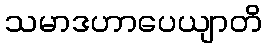
သမာဒဟာပေယျာတိ